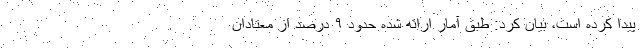
پیدا کرده است، بیان کرد: طبق آمار ارائه شده حدود ۹ درصد از معتادان